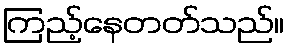
ကြည့်နေတတ်သည်။